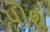
પોશ